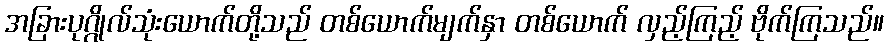
အခြားပုဂ္ဂိုလ်သုံးယောက်တို့သည် တစ်ယောက်မျက်နှာ တစ်ယောက် လှည့်ကြည့် ဗိုက်ကြသည်။